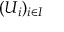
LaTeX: ( U _ { i } ) _ { i \in I }